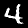
Label: 4